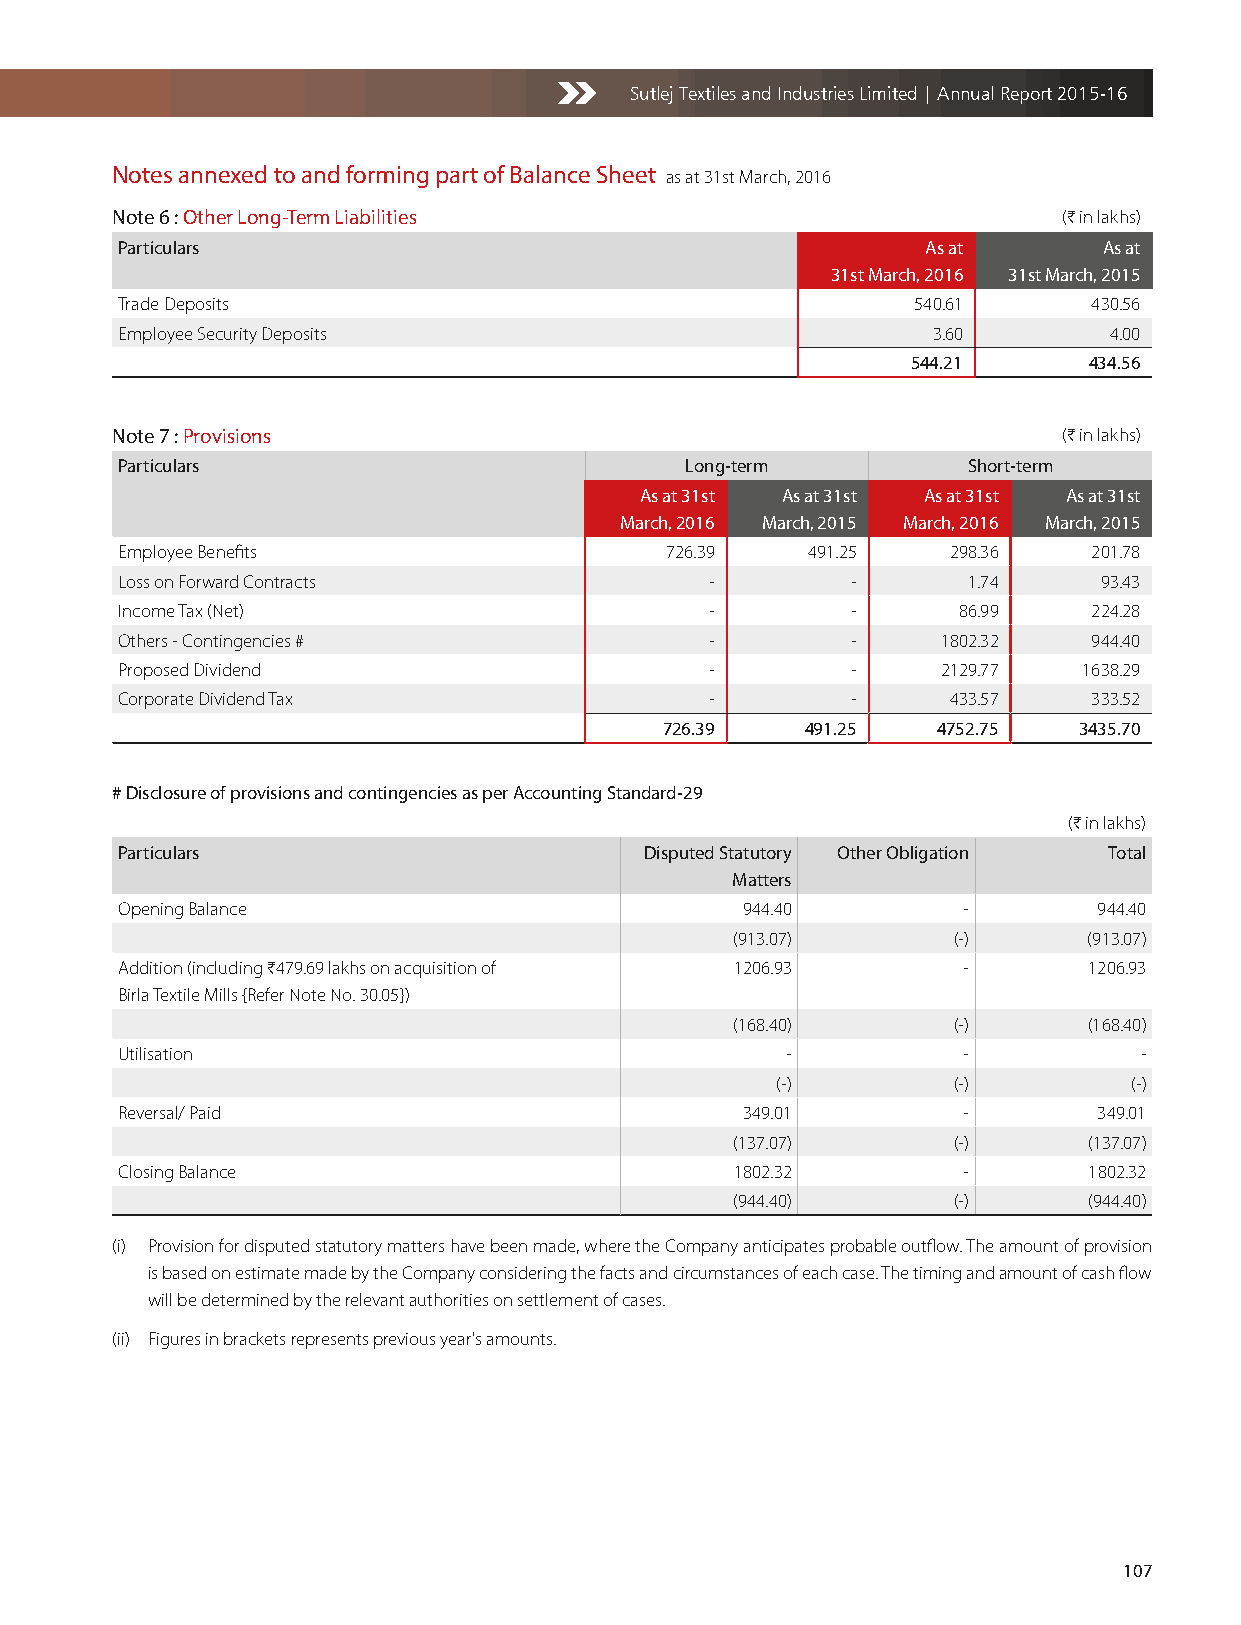
Sutlej Textiles and Industries Limited | Annual Report 2015-16
 Notes annexed to and forming part of Balance Sheet as at 31st March, 2016
 Note 6 : Other Long-Term Liabilities                           (H in lakhs)
 Particulars                                          As at       As at
 31st March, 2016 31st March, 2015
 Trade Deposits                                      540.61      430.56
 Employee Security Deposits                            3.60       4.00
 544.21      434.56
 Note 7 : Provisions                                            (H in lakhs)
 Particulars                          Long-term          Short-term
 As at 31st As at 31st As at 31st As at 31st
 March, 2016 March, 2015 March, 2016 March, 2015
 Employee Benefits                   726.39   491.25    298.36   201.78
 Loss on Forward Contracts              -        -       1.74     93.43
 Income Tax (Net)                       -        -      86.99    224.28
 Others - Contingencies #               -        -     1802.32   944.40
 Proposed Dividend                      -        -     2129.77   1638.29
 Corporate Dividend Tax                 -        -      433.57   333.52
 726.39   491.25   4752.75  3435.70
 # Disclosure of provisions and contingencies as per Accounting Standard-29
 (H in lakhs)
 Particulars                        Disputed Statutory Other Obligation Total
 Matters
 Opening Balance                          944.40         -        944.40
 (913.07)       (-)      (913.07)
 Addition (including H479.69 lakhs on acquisition of 1206.93 -   1206.93
 Birla Textile Mills {Refer Note No. 30.05})
 (168.40)       (-)      (168.40)
 Utilisation                                 -           -          -
 (-)         (-)         (-)
 Reversal/ Paid                           349.01         -        349.01
 (137.07)       (-)      (137.07)
 Closing Balance                          1802.32        -       1802.32
 (944.40)       (-)      (944.40)
 (i) Provision for disputed statutory matters have been made, where the Company anticipates probable outflow. The amount of provision
 is based on estimate made by the Company considering the facts and circumstances of each case. The timing and amount of cash flow
 will be determined by the relevant authorities on settlement of cases.
 (ii) Figures in brackets represents previous year's amounts.
 107